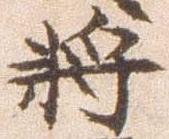
将